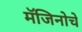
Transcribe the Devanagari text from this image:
मॅजिनोचे